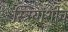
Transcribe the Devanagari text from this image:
स्त्रियांशीच